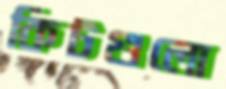
কিটগুলো